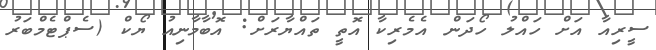
ސީރިއާ އަށް ހައްލު ހޯދަން އެމެރިކާ އޮތީ ތައްޔާރަށް: އޮބާމާނިއު ޔޯކް (ސެޕްޓެމްބަރު